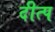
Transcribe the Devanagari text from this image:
दीत्प